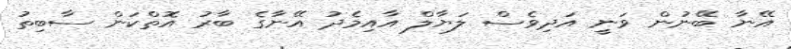
އޭނާ ބޭނުން ވަނީ އަދިވެސް ލަޔާލް އާއިމެދު އޭނާގެ ބާރު އޮތްކަން ސާބިތު